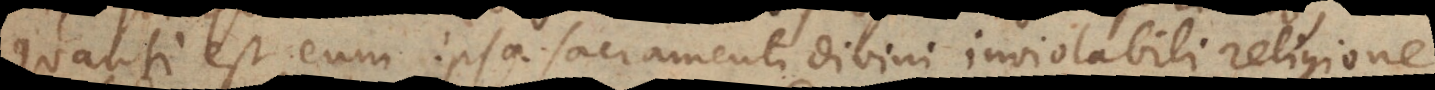
quanti est eum ipsa Sacramenti divini inviolabili religione